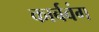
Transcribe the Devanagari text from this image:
कार्बवंग